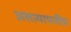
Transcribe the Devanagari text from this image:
असत्यापनीय